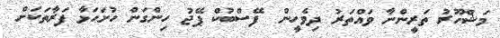
މަޝްހޫރު ތަރީންނާ ވައްތަރު ދިވެހީން  ފޭސްބުކް ޕޭޖު ހިންގަން ހުށަހަޅާ ފަރާތަކަށް